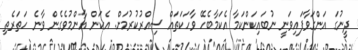
ދީނުގަ އަންގަވާފައިވަނީ ނުބައިކަންކަމާ އެކަމާބެހޭ ވާހަކަތައް ސިއްރުކުރުމަށް. އެކަން އާންމުވެގެން ވާނެ ހަތަރެތި